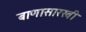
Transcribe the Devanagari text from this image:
बाणासारखी